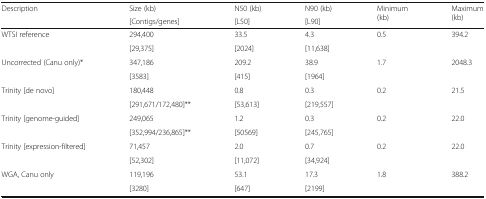
<table><thead><tr><td rowspan="2"><b>Description</b></td><td><b>Size (kb)</b></td><td><b>N50 (kb)</b></td><td><b>N90 (kb)</b></td><td rowspan="2"><b>Minimum(kb)</b></td><td rowspan="2"><b>Maximum(kb)</b></td></tr><tr><td><b>[Contigs/genes]</b></td><td><b>[L50]</b></td><td><b>[L90]</b></td></tr></thead><tbody><tr><td rowspan="2">WTSI reference</td><td>294,400</td><td>33.5</td><td>4.3</td><td rowspan="2">0.5</td><td rowspan="2">394.2</td></tr><tr><td>[29,375]</td><td>[2024]</td><td>[11,638]</td></tr><tr><td rowspan="2">Uncorrected (Canu only)*</td><td>347,186</td><td>209.2</td><td>38.9</td><td rowspan="2">1.7</td><td rowspan="2">2048.3</td></tr><tr><td>[3583]</td><td>[415]</td><td>[1964]</td></tr><tr><td rowspan="2">Trinity [de novo]</td><td>180,448</td><td>0.8</td><td>0.3</td><td rowspan="2">0.2</td><td rowspan="2">21.5</td></tr><tr><td>[291,671/172,480]**</td><td>[53,613]</td><td>[219,557]</td></tr><tr><td rowspan="2">Trinity [genome-guided]</td><td>249,065</td><td>1.2</td><td>0.3</td><td rowspan="2">0.2</td><td rowspan="2">22.0</td></tr><tr><td>[352,994/236,865]**</td><td>[50569]</td><td>[245,765]</td></tr><tr><td rowspan="2">Trinity [expression-filtered]</td><td>71,457</td><td>2.0</td><td>0.7</td><td rowspan="2">0.2</td><td rowspan="2">22.0</td></tr><tr><td>[52,302]</td><td>[11,072]</td><td>[34,924]</td></tr><tr><td rowspan="2">WGA, Canu only</td><td>119,196</td><td>53.1</td><td>17.3</td><td rowspan="2">1.8</td><td rowspan="2">388.2</td></tr><tr><td>[3280]</td><td>[647]</td><td>[2199]</td></tr></tbody></table>